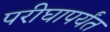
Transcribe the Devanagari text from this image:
परीघापर्यंत